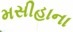
મસીહાના